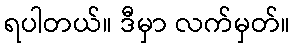
ရပါတယ်။ ဒီမှာ လက်မှတ်။